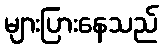
များပြားနေသည်